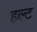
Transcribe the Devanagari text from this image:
हल्ट